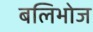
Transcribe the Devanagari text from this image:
बलिभोज